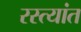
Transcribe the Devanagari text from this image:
रस्त्यांत